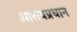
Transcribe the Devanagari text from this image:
आशयप्रधान